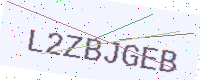
Text: L2ZBJGEB